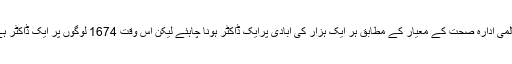
عالمی ادارہ صحت کے معیار کے مطابق ہر ایک ہزار کی آبادی پرایک ڈاکٹر ہونا چاہئے لیکن اس وقت 1674 لوگوں پر ایک ڈاکٹر ہے۔